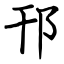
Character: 邗